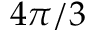
4 \pi / 3